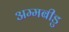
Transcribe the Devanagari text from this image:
अम्मबीडु